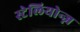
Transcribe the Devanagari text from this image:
स्टेलियोन्ज़